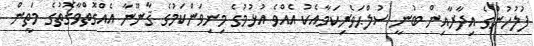
ފުލުހުންގެ އިދާރާއިން ބުނީ ސުލްޙަވެރިކަމާއެކު އެއްވެ އުޅުމުގެ މިނިވަންކަމުގެ ޤާނޫނާ އެއްގޮތްވާގޮތުގެ މަތީން